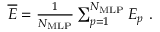
\begin{array} { r } { \overline { { E } } = \frac { 1 } { N _ { \mathrm { M L P } } } \sum _ { p = 1 } ^ { N _ { \mathrm { M L P } } } E _ { p } \ . } \end{array}